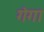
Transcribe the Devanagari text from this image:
ग॓गा